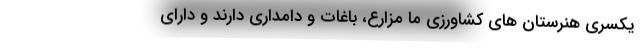
یکسری هنرستان های کشاورزی ما مزارع، باغات و دامداری دارند و دارای